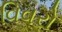
વિવરો